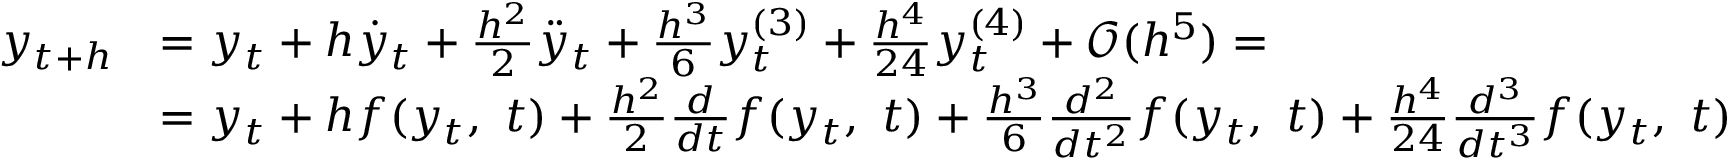
{ \begin{array} { r l } { y _ { t + h } } & { = y _ { t } + h { \dot { y } } _ { t } + { \frac { h ^ { 2 } } { 2 } } { \ddot { y } } _ { t } + { \frac { h ^ { 3 } } { 6 } } y _ { t } ^ { ( 3 ) } + { \frac { h ^ { 4 } } { 2 4 } } y _ { t } ^ { ( 4 ) } + { \mathcal { O } } ( h ^ { 5 } ) = } \\ & { = y _ { t } + h f ( y _ { t } , \ t ) + { \frac { h ^ { 2 } } { 2 } } { \frac { d } { d t } } f ( y _ { t } , \ t ) + { \frac { h ^ { 3 } } { 6 } } { \frac { d ^ { 2 } } { d t ^ { 2 } } } f ( y _ { t } , \ t ) + { \frac { h ^ { 4 } } { 2 4 } } { \frac { d ^ { 3 } } { d t ^ { 3 } } } f ( y _ { t } , \ t ) } \end{array} }